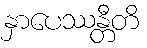
နှာပေဿန္တီတိ